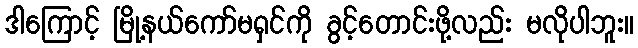
ဒါကြောင့် မြို့နယ်ကော်မရှင်ကို ခွင့်တောင်းဖို့လည်း မလိုပါဘူး။